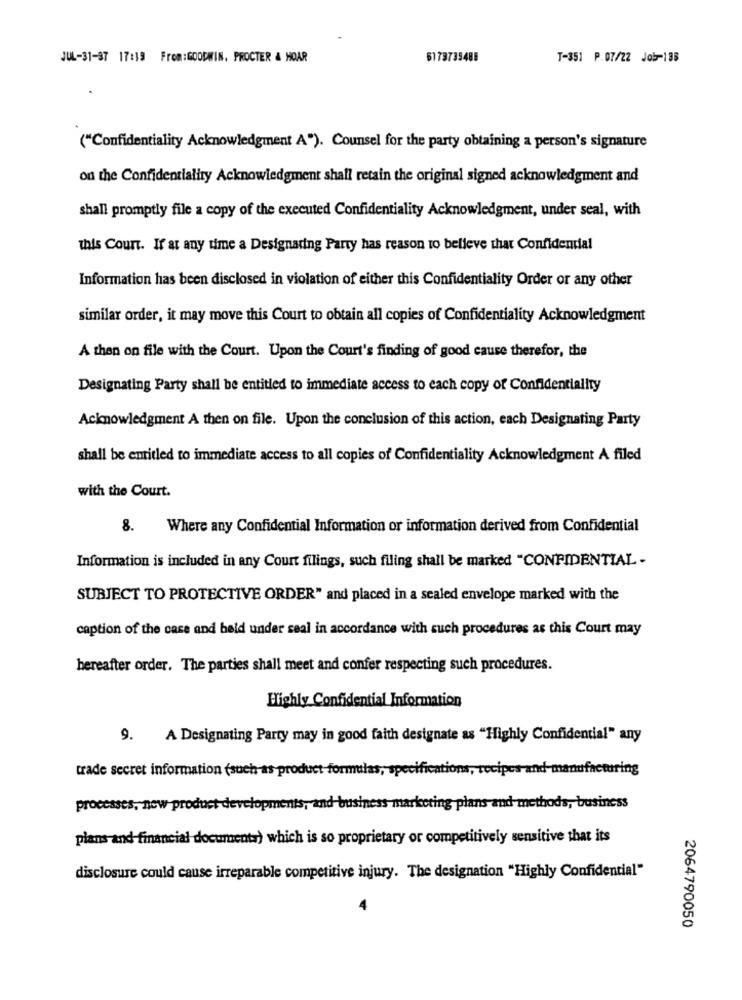
JUL-31-97 17:19 From:GOODWIN, PROCTER & HOAR
6173739488
T-351 P.07/22 Job-136
("Confidentiality Acknowledgment A"). Counsel for the party obtaining a person's signature
on the Confidentiality Acknowledgment shall retain the original signed acknowledgment and
shall promptly file a copy of the executed Confidentiality Acknowledgment, under seal, with
this Court. If at any time a Designaring Party has reason to believe that Confidential
Information has been disclosed in violation of either this Confidentiality Order or any other
similar order, it may move this Court to obtain all copies of Confidentiality Acknowledgment
A then on file with the Court. Upon the Court's finding of good cause therefor, the
Designating Party shall be entitled to immediate access to each copy of Confidentiality
Acknowledgment A then on file. Upon the conclusion of this action, each Designating Party
shall be entitled to immediate access to all copies of Confidentiality Acknowledgment A filed
with the Court.
8.
Where any Confidential Information or information derived from Confidential
Information is included in any Court filings, such filing shall be marked "CONFIDENTIAL -
SUBJECT TO PROTECTIVE ORDER" and placed in a sealed envelope marked with the
caption of the case and held under seal in accordance with such procedures as this Court may
hereafter order. The parties shall meet and confer respecting such procedures.
Highly Confidential Information
9.
A Designating Party may in good faith designate as "Highly Confidential" any
trade secret information (such as product formulas, specifications, recipes-and-manufacturing
processes, new product developments, and business marketing plans and methods, business
plans and financial documents) which is so proprietary or competitively sensitive that its
disclosure could cause irreparable competitive injury. The designation "Highly Confidential"
2064790050